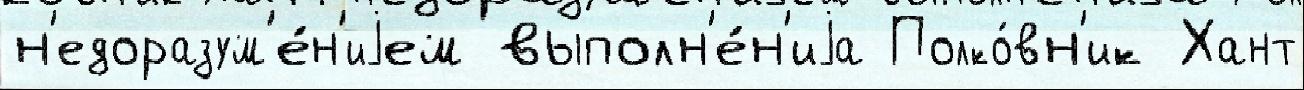
н'едоразум'е́н'иjем выполн'е́н'иjа Полко́вн'ик Хант